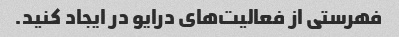
فهرستی از فعالیت‌های درایو در ایجاد کنید.